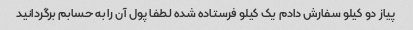
پیاز دو کیلو سفارش دادم یک کیلو فرستاده شده لطفا پول آن را به حسابم برگردانید